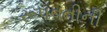
રૂપવતીની